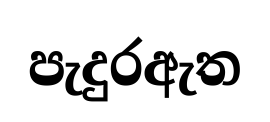
පැදුරඇත